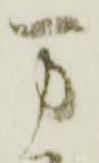
万